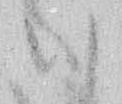
ハ